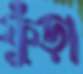
ফুঁড়া